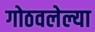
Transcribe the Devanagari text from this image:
गोठवलेल्या